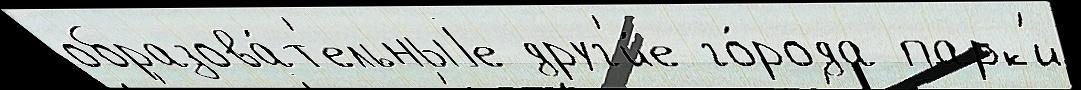
образова́т'ельныjе друг'и́е го́рода парк'и